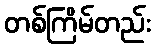
တစ်ကြိမ်တည်း